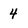
Character: 4